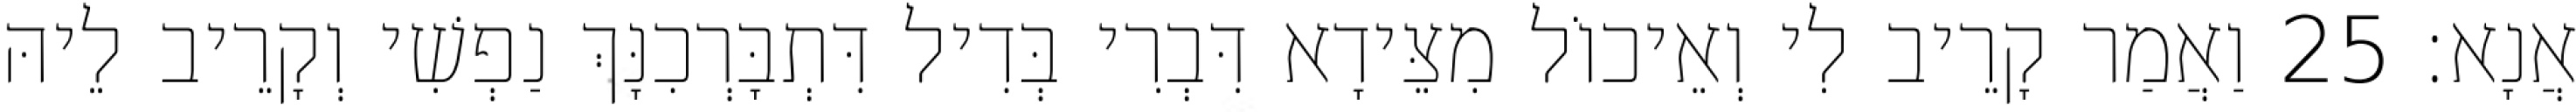
אֲנָא׃ 25 וַאֲמַר קָרֵיב לִי וְאֵיכוֹל מִצֵּידָא דִּבְרִי בְּדִיל דִּתְבָּרְכִנָּךְ נַפְשִׁי וְקָרֵיב לֵיהּ